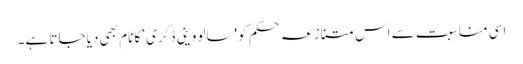
اسی مناسبت سے اس متنازعہ حکم کو 'سالووینی ڈکری‘ کا نام بھی دیا جاتا ہے۔